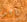
واحد